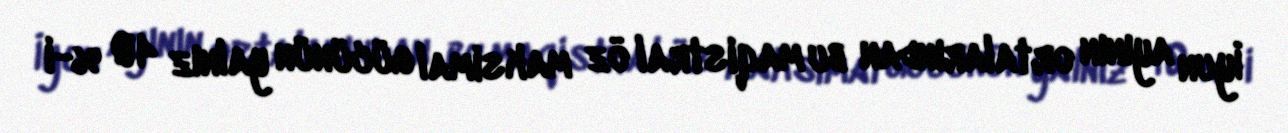
İyun ayının ortalarından bu maqistral öz maksimal gücünün yalnız 40 %-i